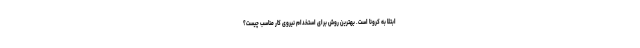
ابتلا به کرونا است. بهترین روش برای استخدام نیروی کار مناسب چیست؟